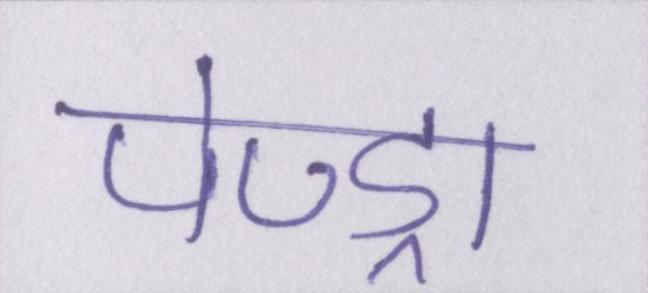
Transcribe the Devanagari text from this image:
पेण्ड्रा